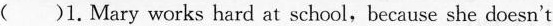
( )1. Mary works hard at school,because she doesn't